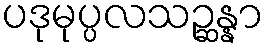
ပဒုမုပ္ပလသဉ္ဆန္နာ